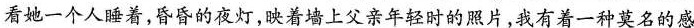
看她一个人睡着,昏昏的夜灯，映着墙上父亲年轻时的照片，我有着一种莫名的感